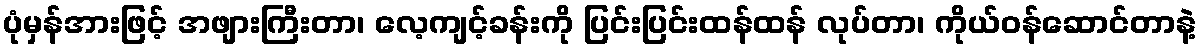
ပုံမှန်အားဖြင့် အဖျားကြီးတာ၊ လေ့ကျင့်ခန်းကို ပြင်းပြင်းထန်ထန် လုပ်တာ၊ ကိုယ်ဝန်ဆောင်တာနဲ့